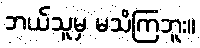
ဘယ်သူမှ မသိကြဘူး။